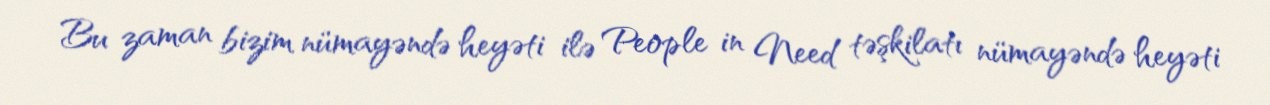
Bu zaman bizim nümayəndə heyəti ilə People in Need təşkilatı nümayəndə heyəti